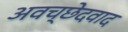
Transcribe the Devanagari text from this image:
अवच्छेदवाद